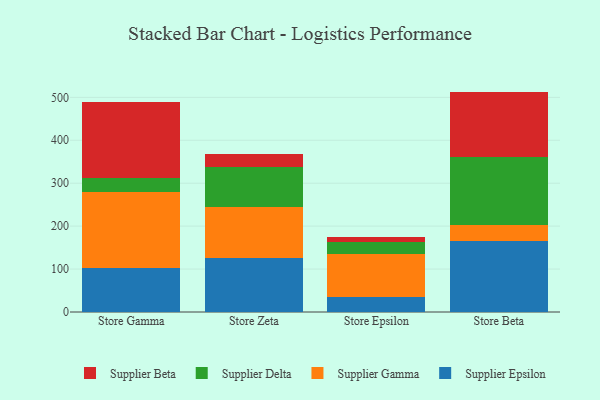
{"axis": {"x": "Store", "y": "Shipments"}, "legend": ["Supplier Beta", "Supplier Delta", "Supplier Epsilon", "Supplier Gamma"], "data": [{"x": "Store Gamma", "y": 102.9, "type": "Supplier Epsilon"}, {"x": "Store Gamma", "y": 177.0, "type": "Supplier Gamma"}, {"x": "Store Gamma", "y": 31.1, "type": "Supplier Delta"}, {"x": "Store Gamma", "y": 178.2, "type": "Supplier Beta"}, {"x": "Store Zeta", "y": 126.2, "type": "Supplier Epsilon"}, {"x": "Store Zeta", "y": 118.9, "type": "Supplier Gamma"}, {"x": "Store Zeta", "y": 91.6, "type": "Supplier Delta"}, {"x": "Store Zeta", "y": 32.5, "type": "Supplier Beta"}, {"x": "Store Epsilon", "y": 35.0, "type": "Supplier Epsilon"}, {"x": "Store Epsilon", "y": 99.0, "type": "Supplier Gamma"}, {"x": "Store Epsilon", "y": 29.3, "type": "Supplier Delta"}, {"x": "Store Epsilon", "y": 10.7, "type": "Supplier Beta"}, {"x": "Store Beta", "y": 165.9, "type": "Supplier Epsilon"}, {"x": "Store Beta", "y": 37.9, "type": "Supplier Gamma"}, {"x": "Store Beta", "y": 156.3, "type": "Supplier Delta"}, {"x": "Store Beta", "y": 153.3, "type": "Supplier Beta"}]}